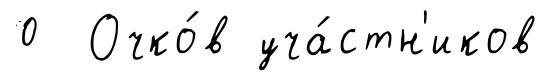
0 Очко́в уча́стн'иков